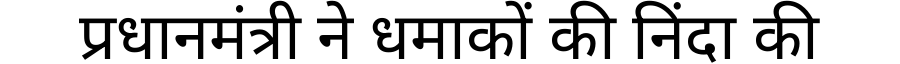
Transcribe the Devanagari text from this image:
प्रधानमंत्री ने धमाकों की निंदा की